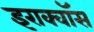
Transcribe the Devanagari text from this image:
इराक्वॉस